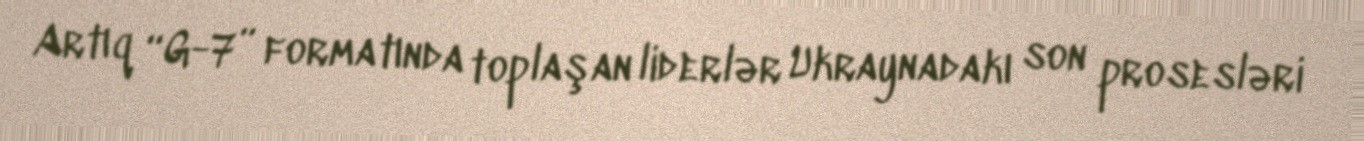
Artıq “G-7” formatında toplaşan liderlər Ukraynadakı son prosesləri